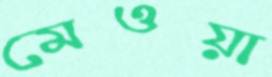
মেওয়া